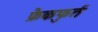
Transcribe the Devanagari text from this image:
फ्रैकफुर्त